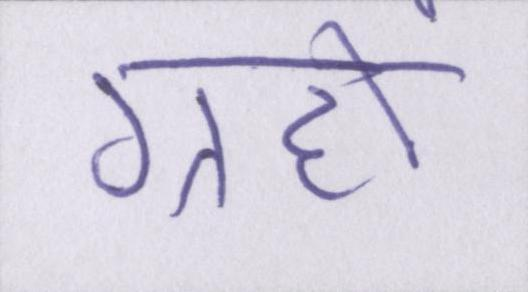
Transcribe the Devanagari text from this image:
ग्रहों